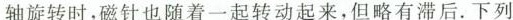
轴旋转时，磁针也随着一起转动起来，但略有滞后。下列